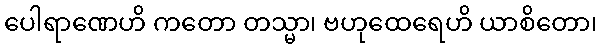
ပေါရာဏေဟိ ကတော တသ္မာ၊ ဗဟုထေရေဟိ ယာစိတော၊